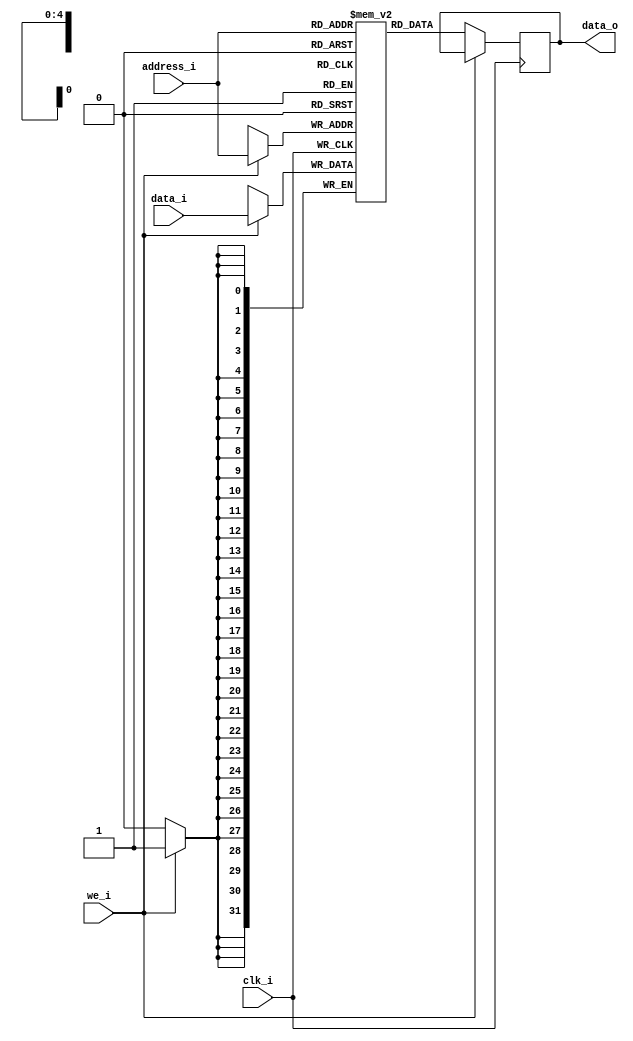
module ram_parametric # (
    parameter ADDRESS_WIDTH = 5,
    parameter DATA_WIDTH = 32,
    parameter MEMORY_DEPTH = 32
) (
    // `ifdef USE_POWER_PINS
    //     inout vdd,		// User area 5.0V supply
    //     inout vss,		// User area ground
    // `endif
    input clk_i,
    input we_i, // write enable
    input [ADDRESS_WIDTH-1:0] address_i,
    input [DATA_WIDTH-1:0] data_i,
    output [DATA_WIDTH-1:0] data_o
);

    reg [DATA_WIDTH-1:0] memory [0:MEMORY_DEPTH-1];
    reg [DATA_WIDTH-1:0] r_data_o;

    assign data_o = r_data_o;

    always @ (posedge clk_i) begin

        // read
        if (we_i == 1'b0) begin
            r_data_o <= memory[address_i];

        // write
        end else if (we_i == 1'b1) begin
            memory[address_i] <= data_i;
        end
    end
endmodule